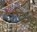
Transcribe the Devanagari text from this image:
द्विद्र